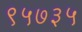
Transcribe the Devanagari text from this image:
९५७३५